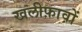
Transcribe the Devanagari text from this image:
खलीफ़ावों